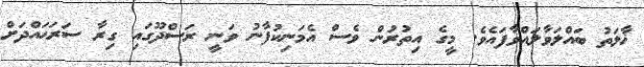
ޚާލަތު ބައްލަވާލައްވާފައެވެ. މީގެ އިތުރުން ވެސް އެމަނިކުފާނު ވަނީ ރަސްދޫގައި ގިރާ ސަރަޙައްދަށް